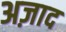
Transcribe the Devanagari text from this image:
अज़ाद